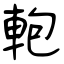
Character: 軳